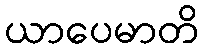
ယာပေမာတိ